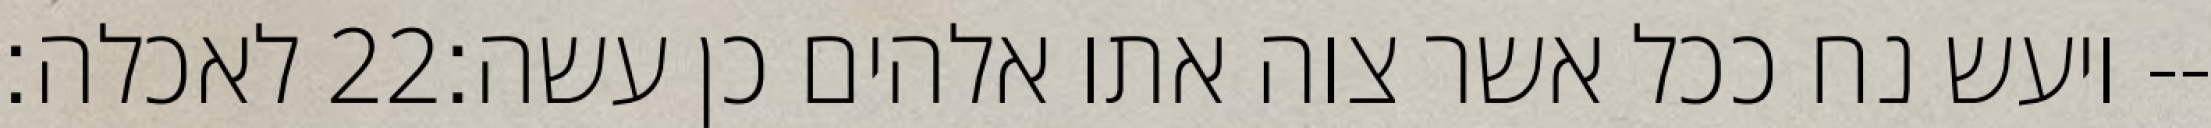
לאכלה׃ ‎22‏ ויעש נח ככל אשר צוה אתו אלהים כן עשה׃--